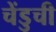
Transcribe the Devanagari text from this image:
चेंडुची